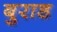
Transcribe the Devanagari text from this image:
बुराड